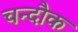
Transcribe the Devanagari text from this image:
चन्दौक